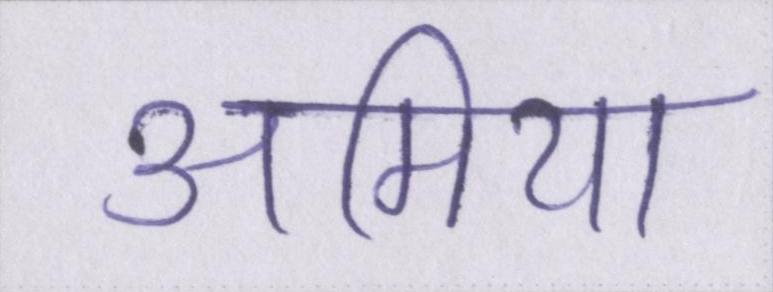
अमिया